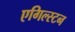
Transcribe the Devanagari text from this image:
एगिल्स्टन